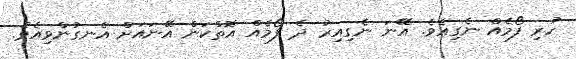
ހުރި ފޯމެއް ނެގިއެވެ. އޭނަ ނެގިއިރު ދެ ފޯމެއް އޮތްކަން އޭނައަށް އެނގުންވިއެވެ.